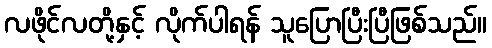
လဖိုင်လတို့နှင့် လိုက်ပါရန် သူပြောပြီးပြီဖြစ်သည်။